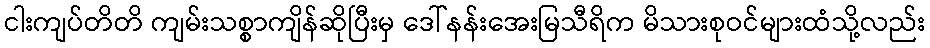
ငါးကျပ်တိတိ ကျမ်းသစ္စာကျိန်ဆိုပြီးမှ ဒေါ်နန်းအေးမြသီရိက မိသားစုဝင်များထံသို့လည်း